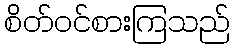
စိတ်ဝင်စားကြသည်